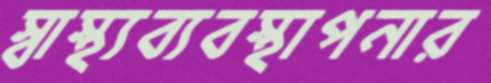
স্বাস্থ্যব্যবস্থাপনার